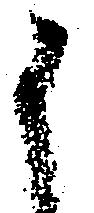
く